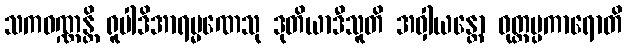
သကဝဏ္ဏန္တိ ရူပါဒိအာရမ္မဏေသု ဒုတိယာဒီသူတိ အဝှါယန္တော ဝုတ္တပ္ပကာရောတိ